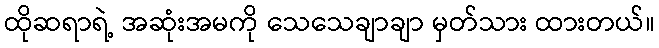
ထိုဆရာရဲ့ အဆုံးအမကို သေသေချာချာ မှတ်သား ထားတယ်။